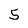
Character: 5